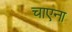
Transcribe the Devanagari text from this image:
चाएना